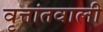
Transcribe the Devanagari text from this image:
वृत्तांतवाली